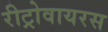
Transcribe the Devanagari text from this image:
रीट्रोवायरस